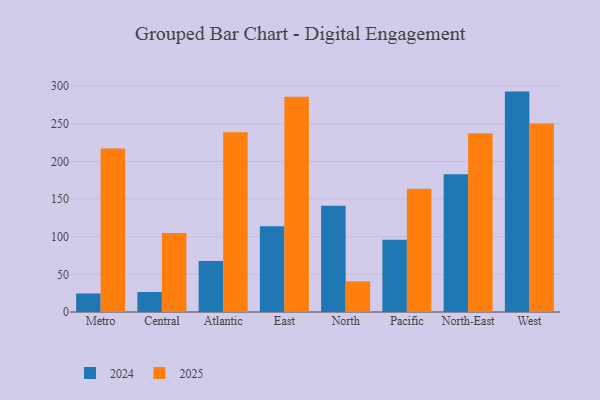
{"axis": {"x": "Region", "y": "Demand Index"}, "legend": ["2024", "2025"], "data": [{"x": "Metro", "y": 217.2, "type": "2025"}, {"x": "Metro", "y": 24.6, "type": "2024"}, {"x": "Central", "y": 104.9, "type": "2025"}, {"x": "Central", "y": 26.6, "type": "2024"}, {"x": "Atlantic", "y": 238.8, "type": "2025"}, {"x": "Atlantic", "y": 67.6, "type": "2024"}, {"x": "East", "y": 286.0, "type": "2025"}, {"x": "East", "y": 114.0, "type": "2024"}, {"x": "North", "y": 40.7, "type": "2025"}, {"x": "North", "y": 141.0, "type": "2024"}, {"x": "Pacific", "y": 163.6, "type": "2025"}, {"x": "Pacific", "y": 96.1, "type": "2024"}, {"x": "North-East", "y": 237.4, "type": "2025"}, {"x": "North-East", "y": 182.8, "type": "2024"}, {"x": "West", "y": 250.2, "type": "2025"}, {"x": "West", "y": 292.7, "type": "2024"}]}